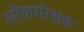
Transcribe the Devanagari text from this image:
लोकसंरक्षक